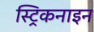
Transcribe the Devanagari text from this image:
स्ट्रिकनाइन